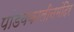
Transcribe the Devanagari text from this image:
पांडवकालीनमंदिर